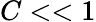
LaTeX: C<<1